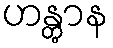
ဟန္တွာန